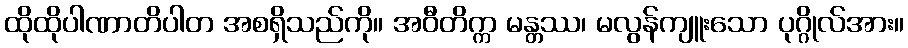
ထိုထိုပါဏာတိပါတ အစရှိသည်ကို။ အဝီတိက္က မန္တဿ၊ မလွန်ကျူးသော ပုဂ္ဂိုလ်အား။